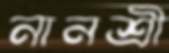
নানশ্রী